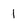
Character: 1